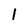
Character: 1